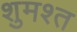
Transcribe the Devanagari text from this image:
शुमश्त